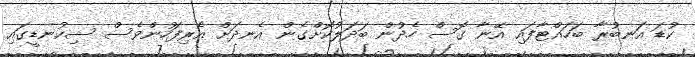
ކުޑަ އަނބުރާ ބަހައްޓާފައި އޭނާ ގޮސް ހެދުން ބަދަލުކޮށްގެން އެނދަށް އެރިފަހުންވެސް ސިކުނޑީގައި